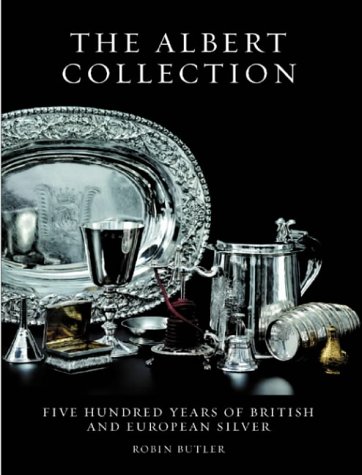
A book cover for The Albert Collection: Five Hundred Years of British and European Silver; Robin Butler; Crafts, Hobbies & Home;